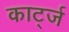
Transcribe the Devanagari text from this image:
कार्ट्ज